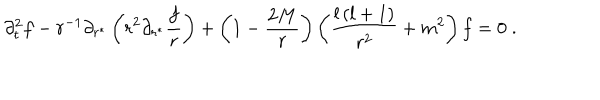
\partial _ { t } ^ { 2 } f - r ^ { - 1 } \partial _ { r ^ { * } } \left( r ^ { 2 } \partial _ { r ^ { * } } { \frac { f } { r } } \right) + \left( 1 - { \frac { 2 M } { r } } \right) \left( \frac { l \left( l + 1 \right) } { r ^ { 2 } } + m ^ { 2 } \right) f = 0 \; .